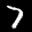
Label: 7